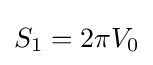
S_{1}=2\pi V_{0}